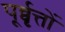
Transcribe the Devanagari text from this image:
पूर्व्वृत्तों